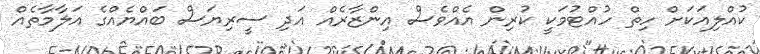
ކުއްލިއަކަށް ހިތް ހުއްޓުމަކީ ކުރިން އެއްވެސް އިންޒާރެއް އަދި ސީރިޔަސް ބައްޔެއްގެ އަލާމާތެއް